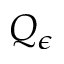
Q _ { \epsilon }